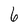
Character: 6